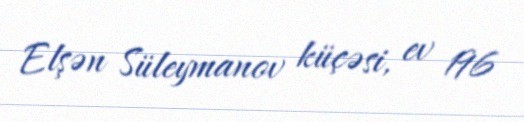
Elşən Süleymanov küçəsi, ev 196